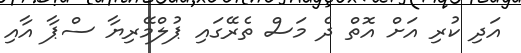
އަދި ކުރި އަށް އޮތް ދެ މަސް ތެރޭގައި ޕުލްމޭރިޔާ ސްޕާ އާއި